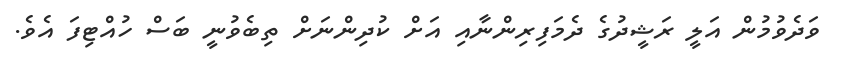
ވަދެވުމުން އަލީ ރަޝީދުގެ ދެމަފިރިންނާއި އަށް ކުދިންނަށް ތިބެވުނީ ބަސް ހުއްޓިފަ އެވެ.